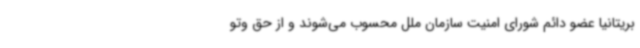
بریتانیا عضو دائم شورای امنیت سازمان ملل محسوب می‌شوند و از حق وتو